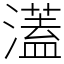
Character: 濭